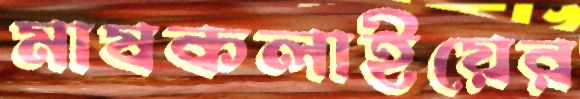
মাষকলাইয়ের